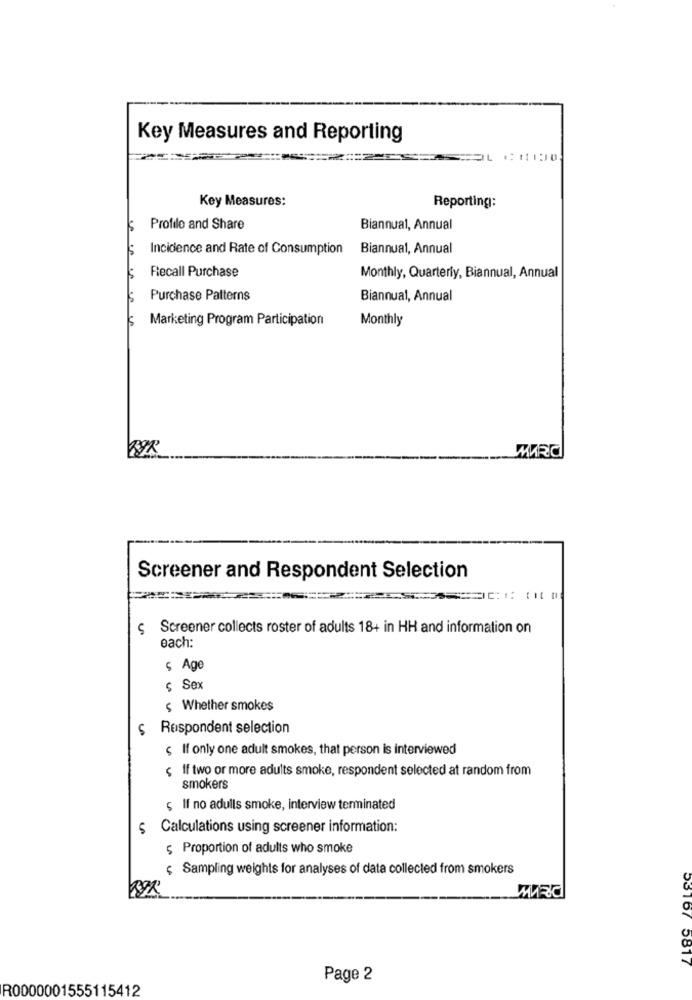
Key Measures and Reporting
Key Measures:
Reporting:
Profile and Share
Biannual, Annual
Incidence and Rate of Consumption
Biannual, Annual
Flecall Purchase
Monthly, Quarterly, Biannual, Annual
Purchase Patterns
Biannual, Annual
Marketing Program Participation
Monthly
Screener and Respondent Selection
5
Screener collects roster of adults 18+ in HH and information on
each:
$ Age
$ Sex
$ Whether smokes
Respondent selection
If only one adult smokes, that person is interviewed
ç If two or more adults smoke, respondent selected at random from
smokers
$ If no adulls smoke, interview terminated
$ Calculations using screener information:
$ Proportion of adults who smoke
Sampling weights for analyses of data collected from smokers
53167 5817
Page 2
R0000001555115412